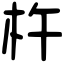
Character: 杵